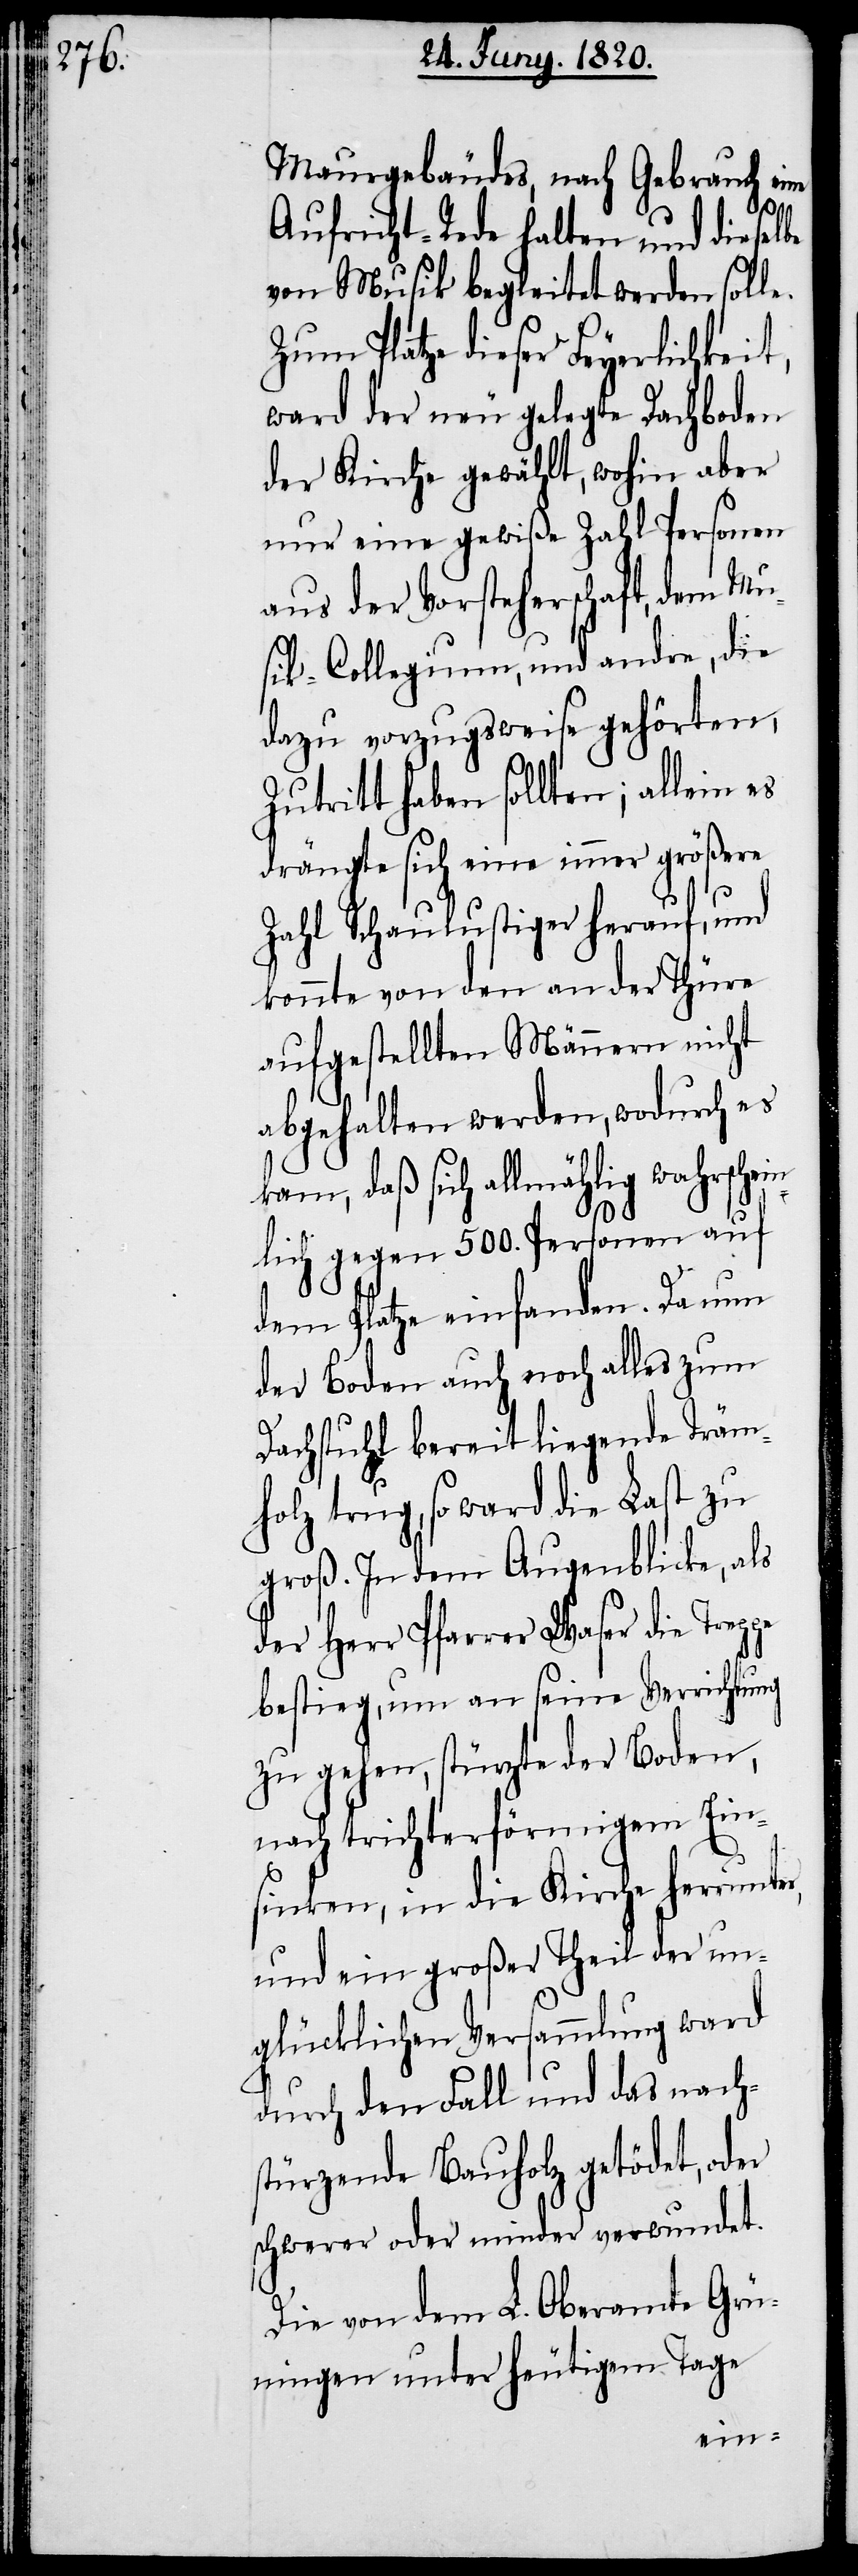
Maurgebäudes, nach Gebrauch ei¬
Grü¬
Aufricht-Rede halten und dieselbe
von Musik begleitet werden solle.
Zum Platze dieser Feyerlichkeit,
ward der neu gelegte Dachboden
der Kirche gewählt, wohin aber
nur eine gewiße Zahl Personen
aus der Vorsteherschaft, dem Mu¬
sik-Collegium, und andre, die
dazu vorzugsweise gehörten,
Zutritt haben sollten; allein es
drängte sich eine immer größerer
Zahl Schaulustiger herauf, und
konnte von den an der Thüre
aufgestellten Männern nicht
abgehalten werden, wodurch es
kam, daß sich allmählig wahrschei¬
nlich gegen 500. Personen auf
dem Platze einfanden. Da nun
der Boden auch noch alles zum
Dachstuhl bereit liegende Träm¬
holz trug, so ward die Last zu
groß. In dem Augenblicke, als
der Herr Pfarrer Waser die Trep¬
bestieg, um an seine Verrichtung
zu gehen, stürzte der Boden,
nach trichterförmigen Ein¬
sinken, in die Kirche herrunter,
und ein großer Theil der un¬
glücklichen Versammlung ward
durch den Fall und das nach¬
stürzende Bauholz getödet, oder
schwerer oder minder verwundet.
ningen unter heutigem Tage